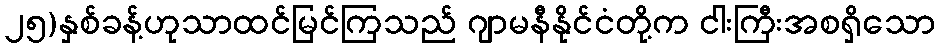
၂၅)နှစ်ခန့်ဟုသာထင်မြင်ကြသည် ဂျာမနီနိုင်ငံတို့က ငါးကြီးအစရှိသော